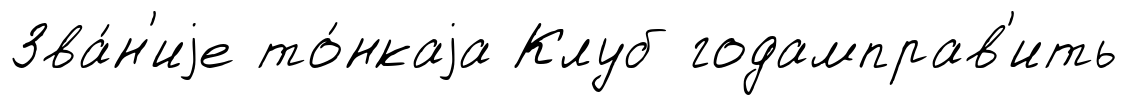
Зва́н'иjе то́нкаjа Клуб годамправ'ить